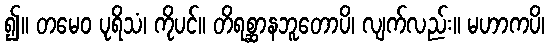
၍။ တမေဝ ပုရိသံ၊ ကိုပင်။ တိရစ္ဆာနဘူတောပိ၊ လျက်လည်း။ မဟာကပိ၊